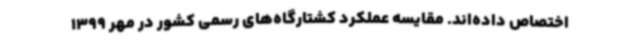
اختصاص داده‌اند. مقایسه عملکرد کشتارگاه‌های رسمی کشور در مهر 1399